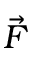
\vec { F }